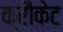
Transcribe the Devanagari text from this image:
क्रौकेट